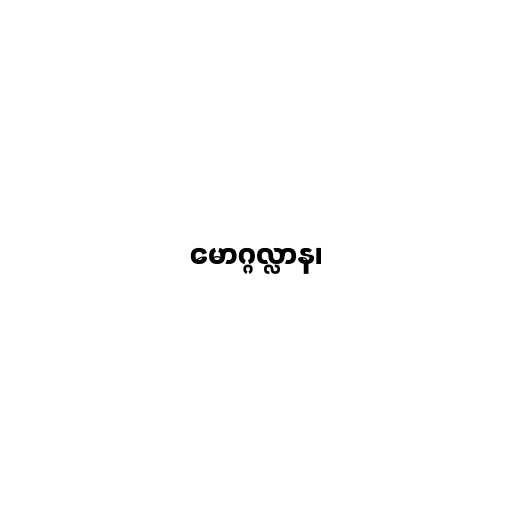
မောဂ္ဂလ္လာန၊